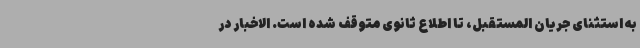
به استثنای جریان المستقبل، تا اطلاع ثانوی متوقف شده است. الاخبار در